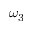
\omega _ { 3 }